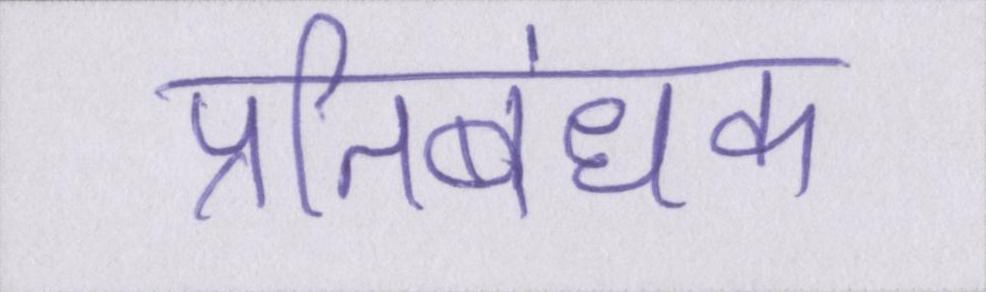
प्रतिबंधक